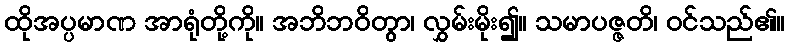
ထိုအပ္ပမာဏ အာရုံတို့ကို။ အဘိဘဝိတွာ၊ လွှမ်းမိုး၍။ သမာပဇ္ဇတိ၊ ဝင်သည်၏။